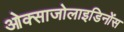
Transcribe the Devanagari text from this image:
ओक्साजोलाइडिनोंस